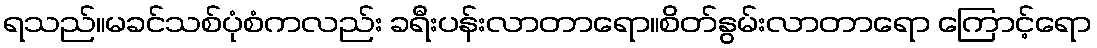
ရသည်။မခင်သစ်ပုံစံကလည်း ခရီးပန်းလာတာရော။စိတ်နွမ်းလာတာရော ကြောင့်ရော